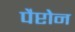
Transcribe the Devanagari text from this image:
पैप्टोन